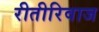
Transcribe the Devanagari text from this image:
रीतीरिवाज